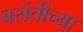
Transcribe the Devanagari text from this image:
बसंतीच्या